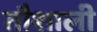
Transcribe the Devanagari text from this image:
तौशाली